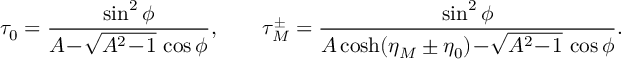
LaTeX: \tau _ { 0 } = \frac { \sin ^ { 2 } \phi } { A \! - \! \sqrt { A ^ { 2 } \! - \! 1 } \, \cos \phi } , \qquad \tau _ { M } ^ { \pm } = \frac { \sin ^ { 2 } \phi } { A \cosh ( \eta _ { M } \pm \eta _ { 0 } ) \! - \! \sqrt { A ^ { 2 } \! - \! 1 } \, \cos \phi } .